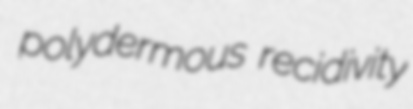
polydermous recidivity